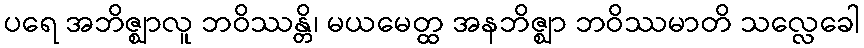
ပရေ အဘိဇ္ဈာလူ ဘဝိဿန္တိ၊ မယမေတ္ထ အနဘိဇ္ဈာ ဘဝိဿမာတိ သလ္လေခေါ